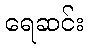
ရေဆင်း